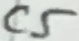
Text: C5